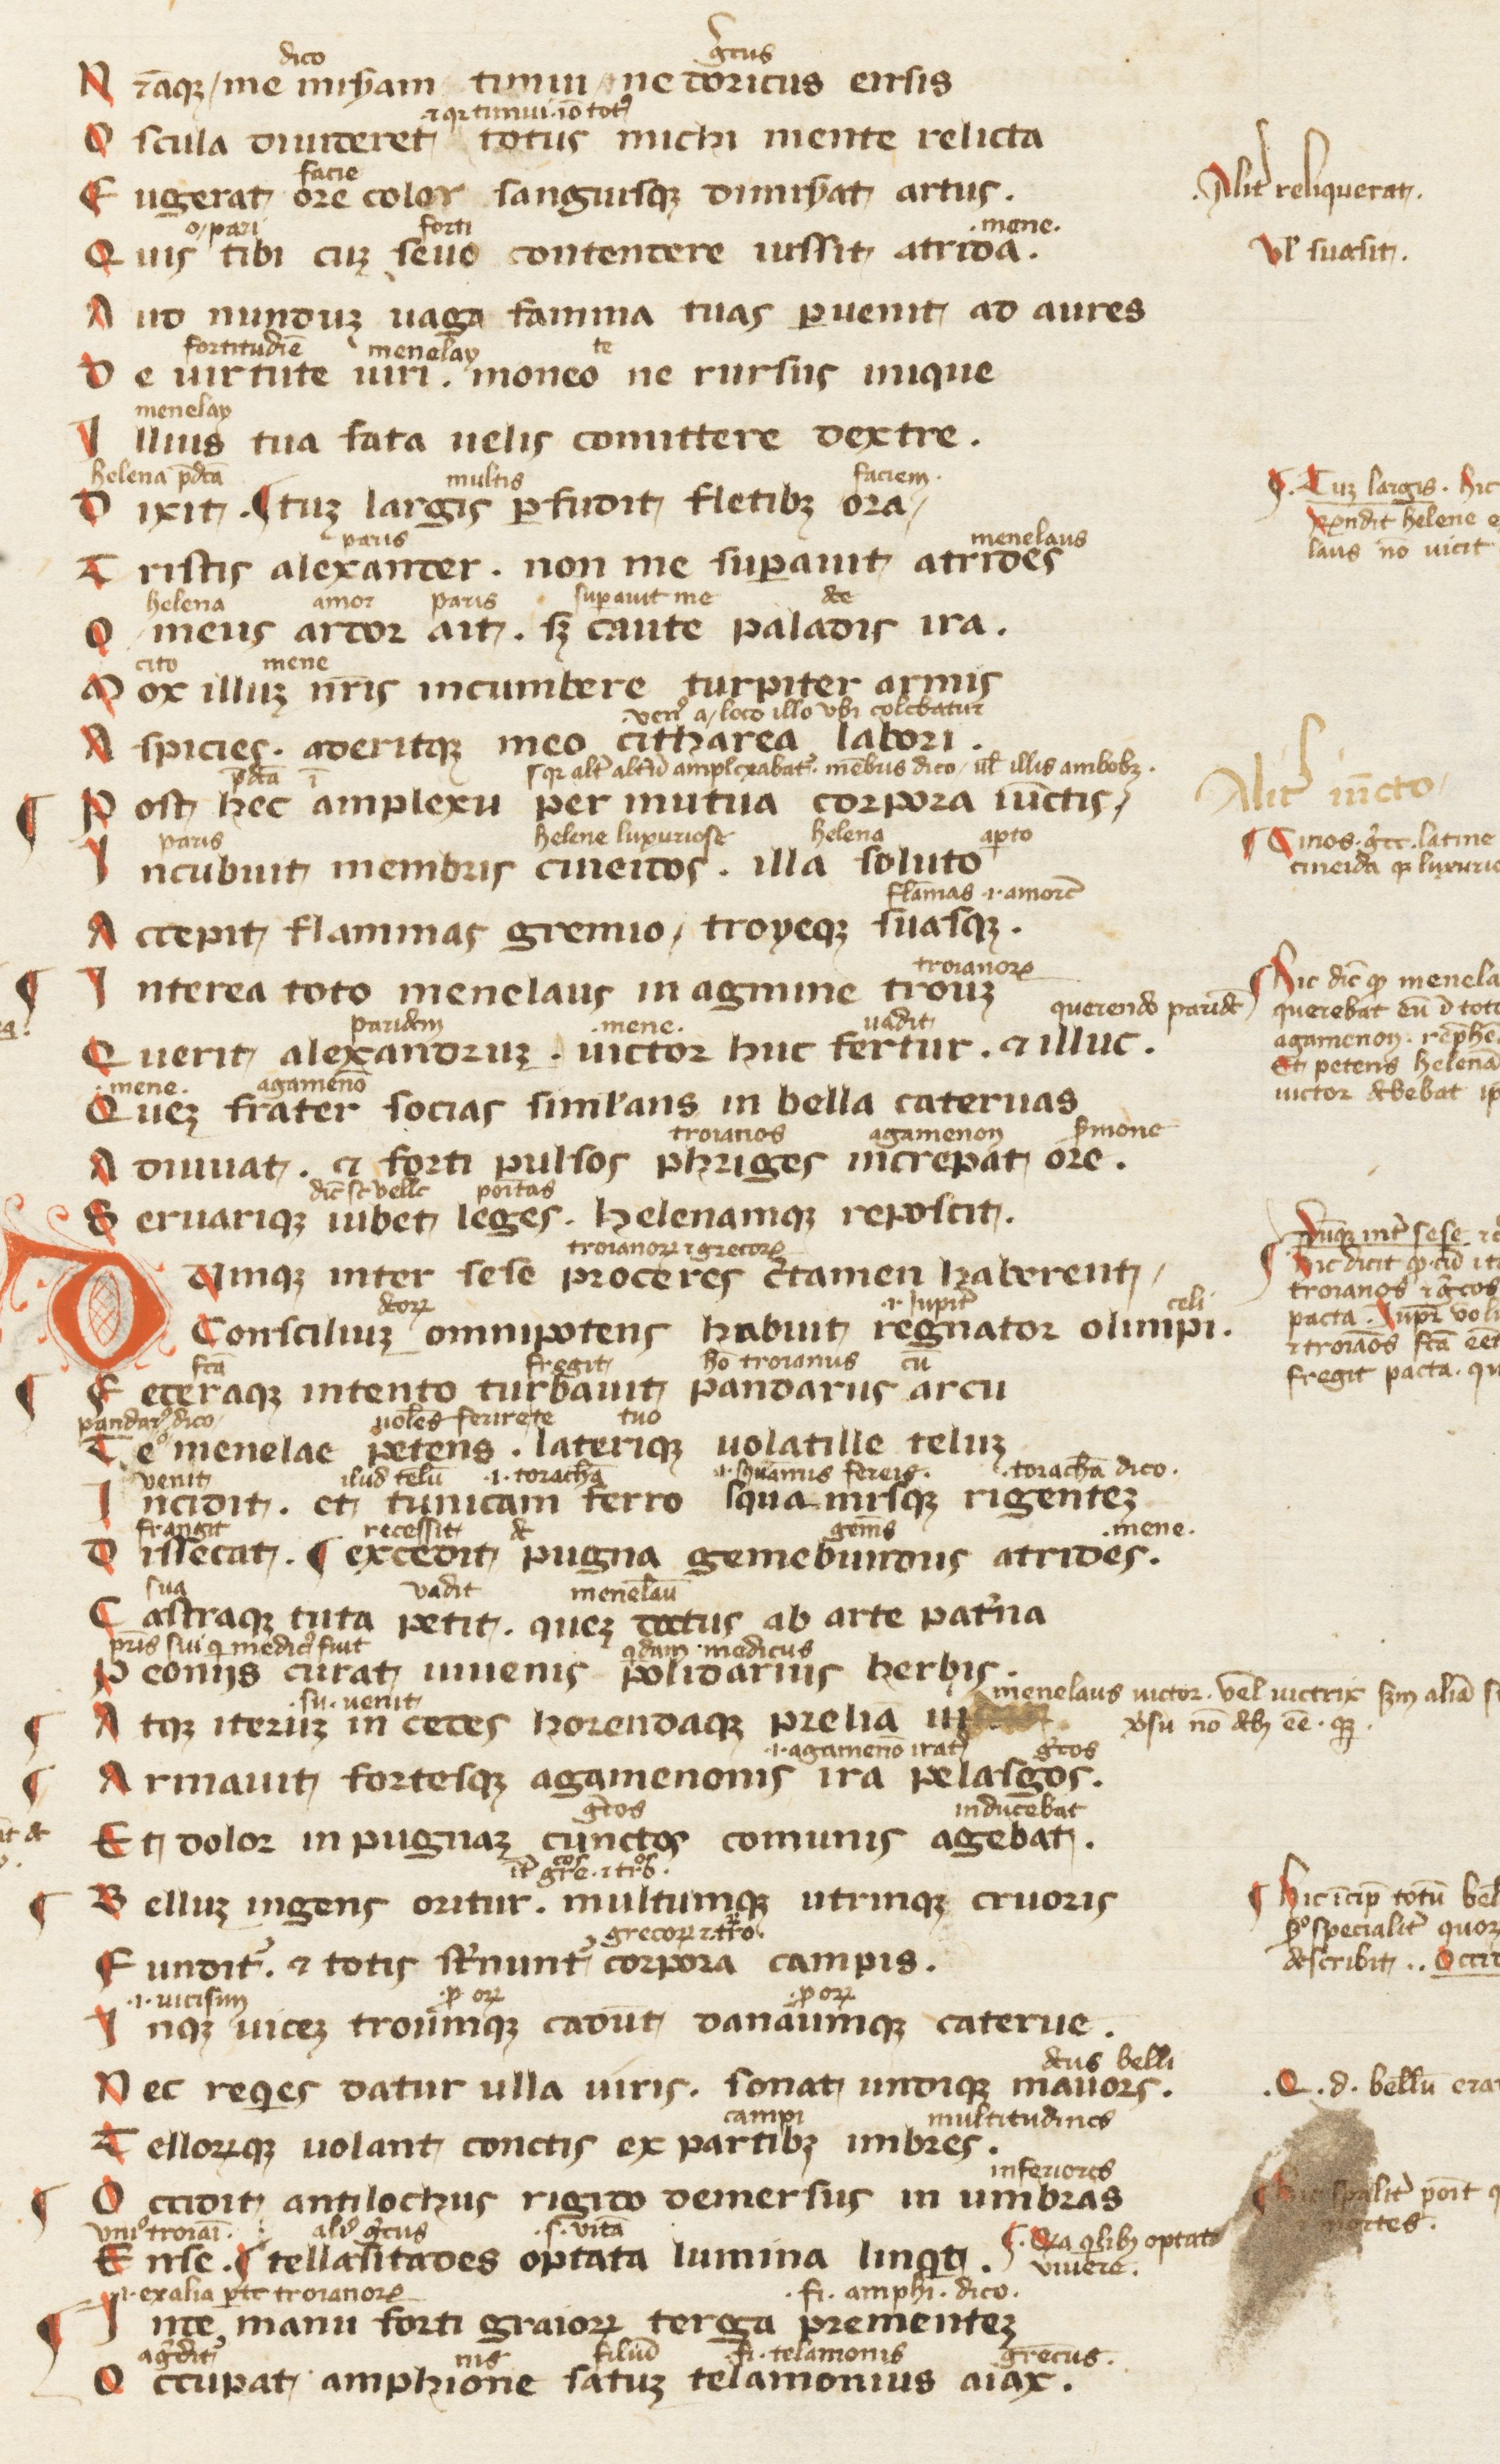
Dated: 1300–1399